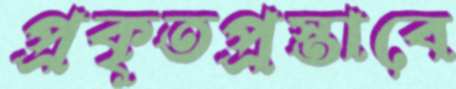
প্রকৃতপ্রস্তাবে